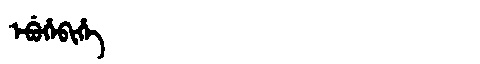
Manchu: ᡝᠪᡠᡥᡝᠪᡳᡥᡝ
Romanization: EBUHEBIHE